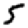
Digit: 5